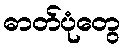
ဓာတ်ပုံတွေ